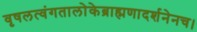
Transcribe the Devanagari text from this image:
वृषलत्वंगतालोकेब्राह्मणादर्शनेनच।